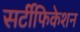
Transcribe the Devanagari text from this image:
सर्टीफिकेशन